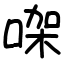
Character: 㗎